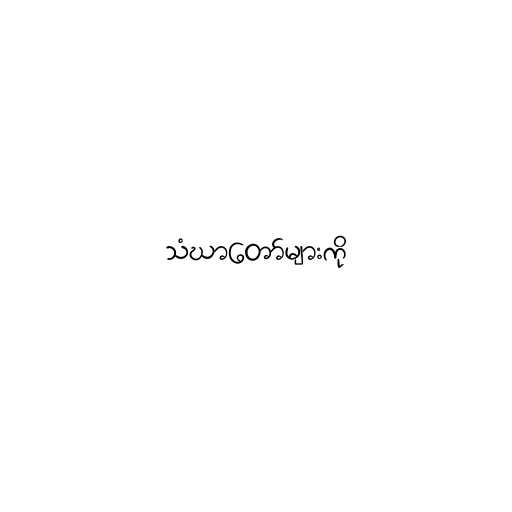
သံဃာတော်များကို